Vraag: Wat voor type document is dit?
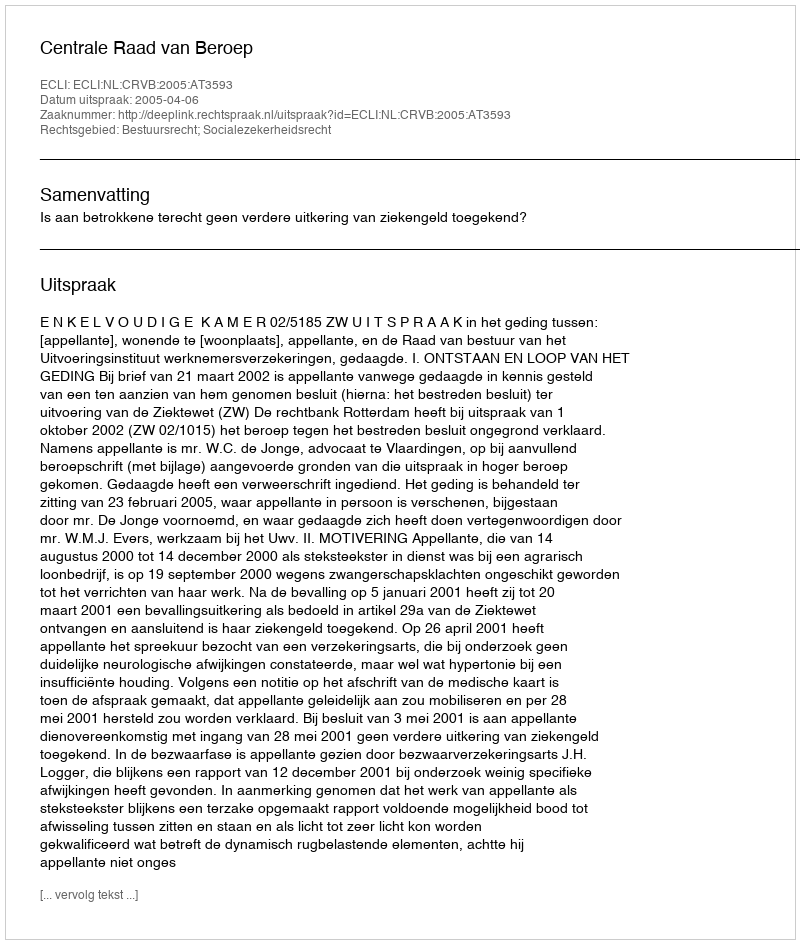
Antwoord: Uitspraak